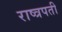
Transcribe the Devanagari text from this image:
राष्त्रपती